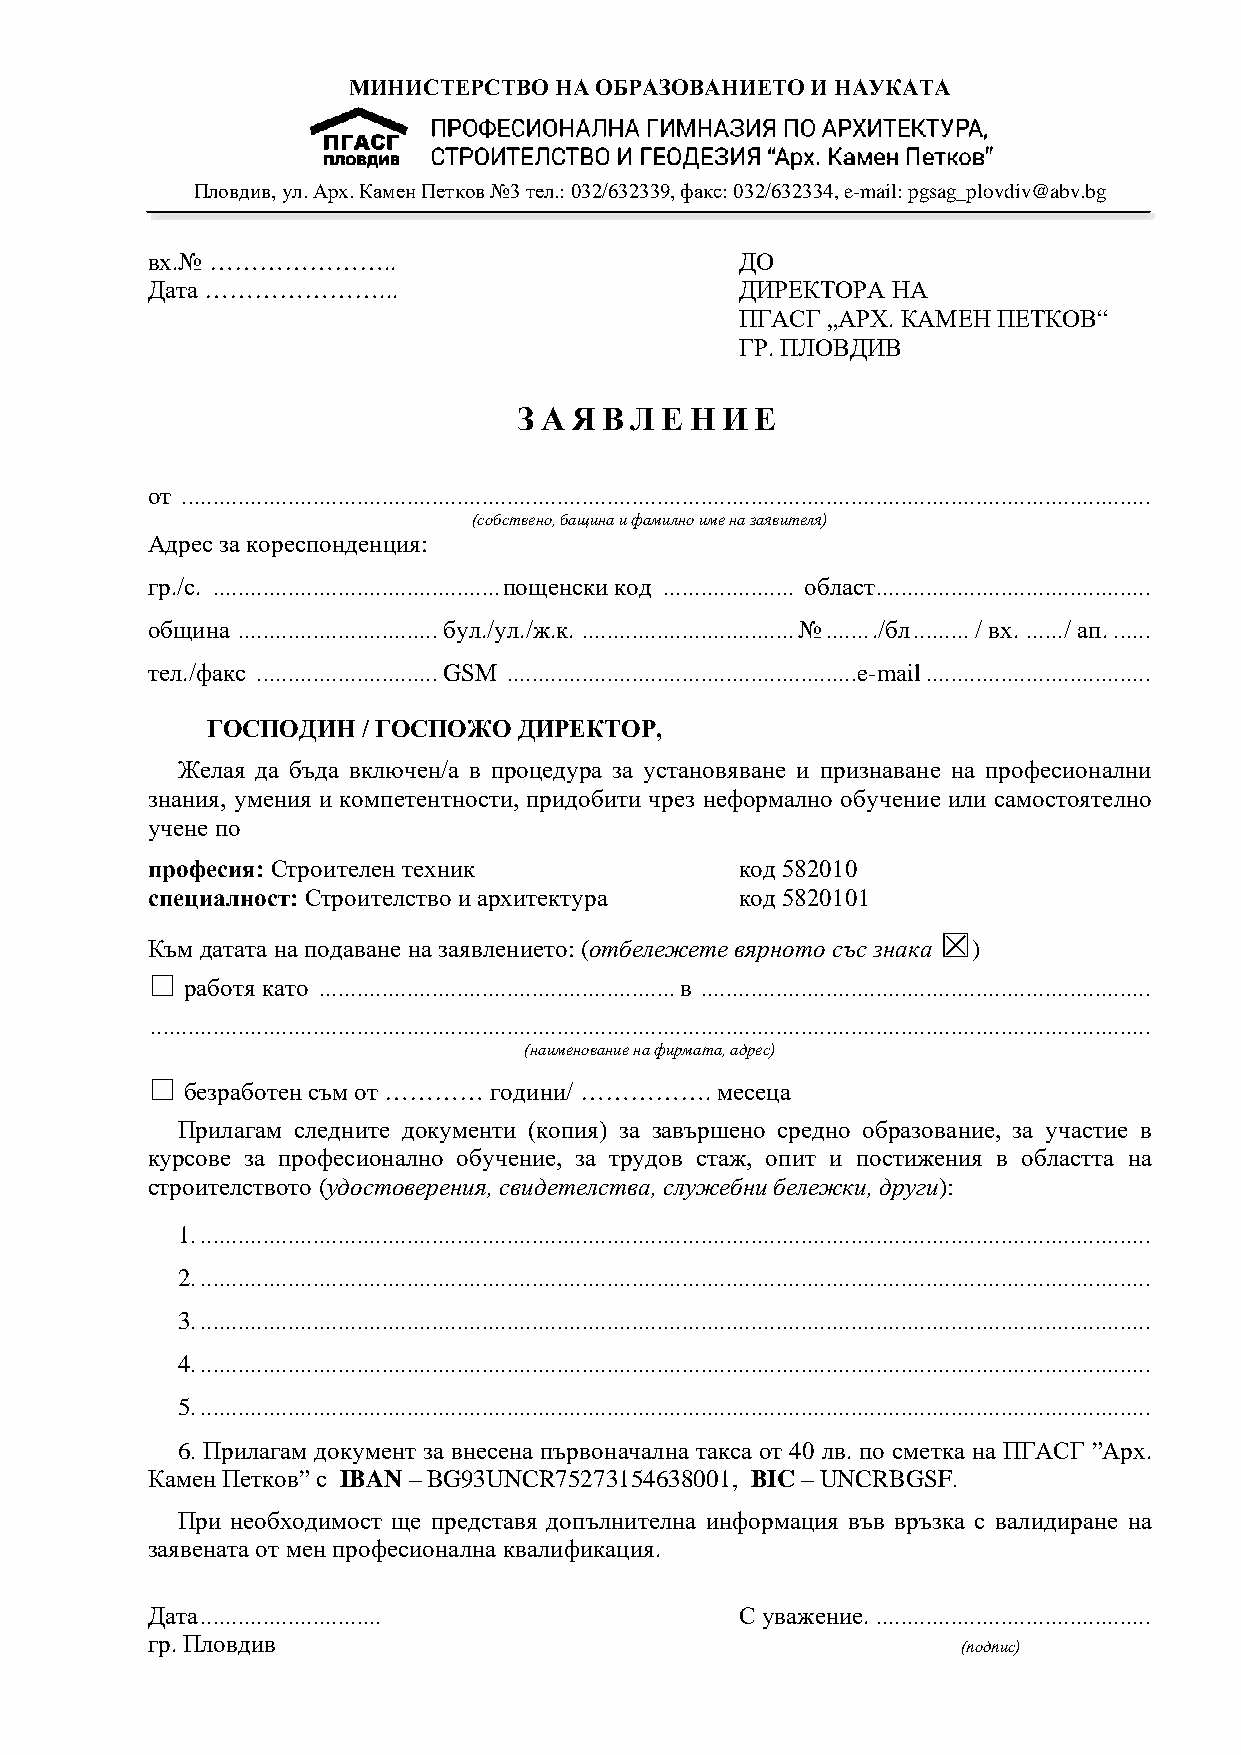
МИНИСТЕРСТВО  НА ОБРАЗОВАНИЕТО И НАУКАТА
 Пловдив, ул. Арх. Камен Петков №3 тел.: 032/632339, факс: 032/632334, e-mail: pgsag_plovdiv@abv.bg
 вх.№ …………………..                         ДО
 Дата …………………...                        ДИРЕКТОРА НА
 ПГАСГ „АРХ. КАМЕН ПЕТКОВ“
 ГР. ПЛОВДИВ
 ЗАЯВЛЕНИЕ
 от ...........................................................................................................................................................
 (собствено, бащина и фамилно име на заявителя)
 Адрес за кореспонденция:
 гр./с. .............................................. пощенски код ..................... област ............................................
 община ................................ бул./ул./ж.к. .................................. № ....... ./бл ......... / вх. ...... / ап. ......
 тел./факс ............................. GSM ........................................................ e-mail ....................................
 ГОСПОДИН  / ГОСПОЖО ДИРЕКТОР,
 Желая да бъда включен/а в процедура за установяване и признаване на професионални
 знания, умения и компетентности, придобити чрез неформално обучение или самостоятелно
 учене по
 професия: Строителен техник            код 582010
 специалност: Строителство и архитектура код 5820101
 ☒
 Към датата на подаване на заявлението: (отбележете вярното със знака )
 ☐ работя като ......................................................... в ........................................................................
 ................................................................................................................................................................
 (наименование на фирмата, адрес)
 ☐ безработен съм от ………… години/ ……………. месеца
 Прилагам следните документи (копия) за завършено средно образование, за участие в
 курсове за професионално обучение, за трудов стаж, опит и постижения в областта на
 строителството (удостоверения, свидетелства, служебни бележки, други):
 1. ........................................................................................................................................................
 2. ........................................................................................................................................................
 3. ........................................................................................................................................................
 4. ........................................................................................................................................................
 5. ........................................................................................................................................................
 6. Прилагам документ за внесена първоначална такса от 40 лв. по сметка на ПГАСГ ”Арх.
 Камен Петков” с IBAN – BG93UNCR75273154638001, BIC – UNCRBGSF.
 При необходимост ще представя допълнителна информация във връзка с валидиране на
 заявената от мен професионална квалификация.
 Дата .............................     С уважение. ............................................
 гр. Пловдив
 (подпис)